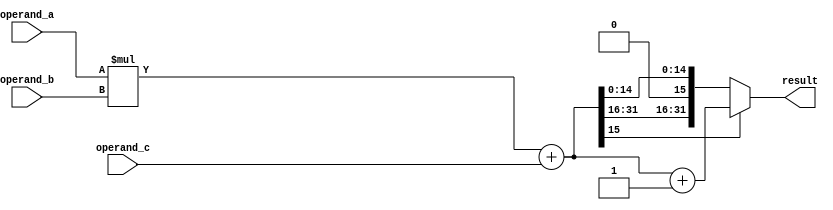
module fused_multiply_add_unit (
    input wire [31:0] operand_a,
    input wire [31:0] operand_b,
    input wire [31:0] operand_c,
    output reg [31:0] result
);

reg [31:0] mul_result;
reg [31:0] add_result;

// Multiplier block
always @(*) begin
    mul_result = operand_a * operand_b;
end

// Adder block
always @(*) begin
    add_result = mul_result + operand_c;
end

// Rounder block
always @(*) begin
    if (add_result[15] == 1) begin
        result = add_result + 1;
    end else begin
        result = add_result;
    end
end

endmodule